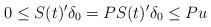
LaTeX: \begin{align*}0 \le S(t)' \delta_0 = P S(t)' \delta_0 \le P u\end{align*}